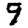
Digit: 9